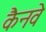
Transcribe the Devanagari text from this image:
कैनवे